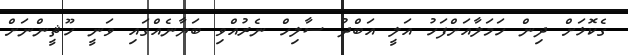
ގެކޮޅަށް ދިން ހަމަލާއަށްފަހު އަލީ އަބްދު ސާލިހް ނެރުއްވި ބަޔާނެއްގައި ވަނީ ހޫޘީންނަށް